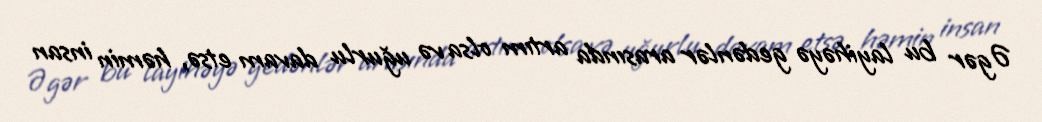
Əgər bu layihəyə gedənlər arasında artım olsa və uğurlu davam etsə, həmin insan